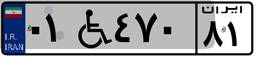
۰۶W۷۰۱۰۴